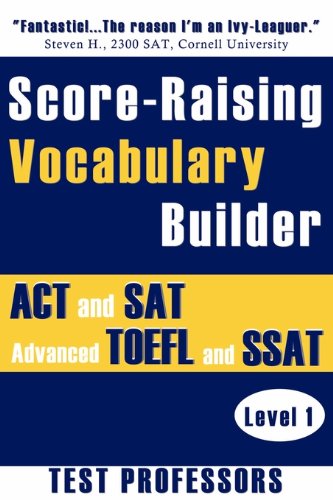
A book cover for Score-Raising Vocabulary Builder for ACT and SAT Prep & Advanced TOEFL and SSAT Study (Level 1); Paul G. IV Simpson; Test Preparation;